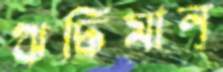
ঋদ্ধিমান্‌